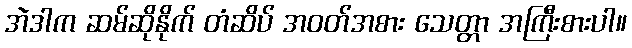
အဲဒါက ဆမ်ဆိုနိုက် တံဆိပ် အဝတ်အစား သေတ္တာ အကြီးစားပါ။